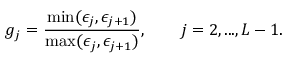
g _ { j } = \frac { \operatorname* { m i n } ( \epsilon _ { j } , \epsilon _ { j + 1 } ) } { \operatorname* { m a x } ( \epsilon _ { j } , \epsilon _ { j + 1 } ) } , \qquad j = 2 , . . . , L - 1 .